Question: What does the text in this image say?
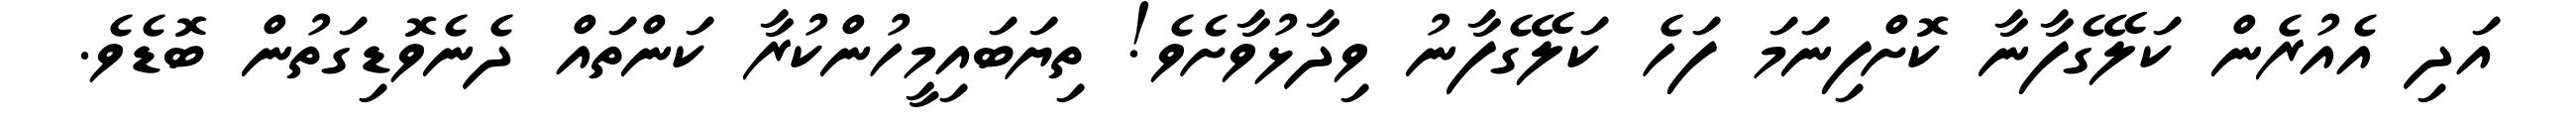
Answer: އަދި އެއުރެން ކަލޭގެފާނާ ކޮށްފިނަމަ ފަހެ ކަލޭގެފާނު ވިދާޅުވާށެވެ! ތިޔަބައިމީހުންކުރާ ކަންތައް ދެނެވޮޑިގަތުން ބޮޑެވެ.